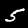
Label: 5